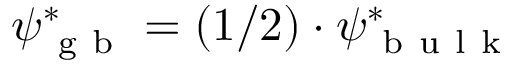
\psi _ { \mathrm { ~ g ~ b ~ } } ^ { * } = ( 1 / 2 ) \cdot \psi _ { \mathrm { ~ b ~ u ~ l ~ k ~ } } ^ { * }